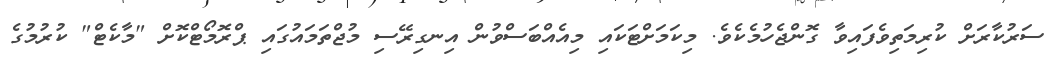
ސަރުކާރަށް ކުރިމަތިވެފައިވާ ގޮންޖެހުމެކެވެ. މިކަމަށްޓަކައި މިއެއްބަސްވުން އިނގިރޭސި މުޖްތަމައުގައި ޕްރޮމޯޓްކޮށް "މާކެޓް" ކުރުމުގެ